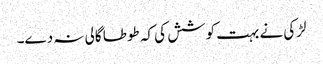
لڑکی نے بہت کوشش کی کہ طوطا گالی نہ دے۔